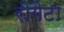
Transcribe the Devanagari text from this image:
रीगैटा